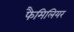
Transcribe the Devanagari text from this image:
फैमिलियर